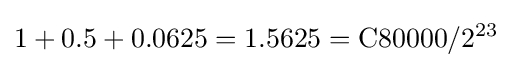
1+0.5+0.0625=1.5625={\text{C80000}}/2^{23}